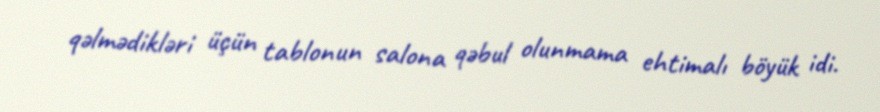
qəlmədikləri üçün tablonun salona qəbul olunmama ehtimalı böyük idi.